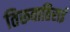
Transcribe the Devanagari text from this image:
तिरूवातिराई